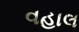
વહાલ